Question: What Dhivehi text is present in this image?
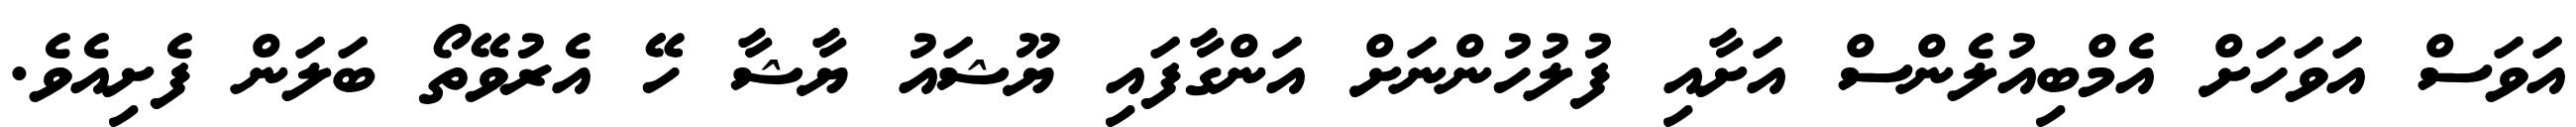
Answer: އަވަސް އަވަހަށް އެމްބިއުލެންސް އަށާއި ފުލުހުންނަށް އަންގާފައި ޔޫޝައު ޔާޝާ ހޭ އެރުވޭތޯ ބަލަން ފެށިއެވެ.